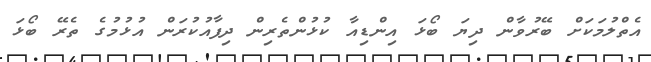
އެތްލުމަކަށް ބޭރުވާން ދިޔަ ބޯޅަ އިންޑިއާ ކުޅުންތެރިން ދިފާއުކުރަން އުޅުމުގެ ތެރޭ ބޯޅަ